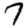
Digit: 7